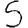
Digit: 5